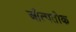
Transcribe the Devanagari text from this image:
औत्पतीक